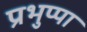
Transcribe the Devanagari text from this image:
प्रभुप्पा